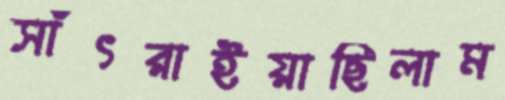
সাঁৎরাইয়াছিলাম